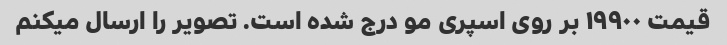
قیمت ۱۹۹۰۰ بر روی اسپری مو درج شده است. تصویر را ارسال میکنم